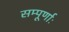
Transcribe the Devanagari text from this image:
सम्पूर्णाः